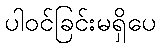
ပါဝင်ခြင်းမရှိပေ